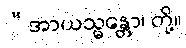
“အာယသ္မန္တော၊ တို့။